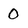
Character: 0